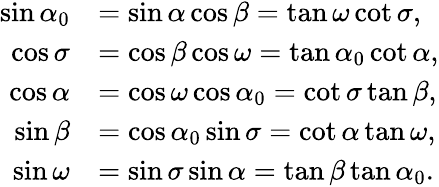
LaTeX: {\begin{array}{rl}{\sin\alpha_{0}}&{=\sin\alpha\cos\beta=\tan\omega\cot\sigma,}\\ {\cos\sigma}&{=\cos\beta\cos\omega=\tan\alpha_{0}\cot\alpha,}\\ {\cos\alpha}&{=\cos\omega\cos\alpha_{0}=\cot\sigma\tan\beta,}\\ {\sin\beta}&{=\cos\alpha_{0}\sin\sigma=\cot\alpha\tan\omega,}\\ {\sin\omega}&{=\sin\sigma\sin\alpha=\tan\beta\tan\alpha_{0}.}\end{array}}